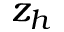
z _ { h }